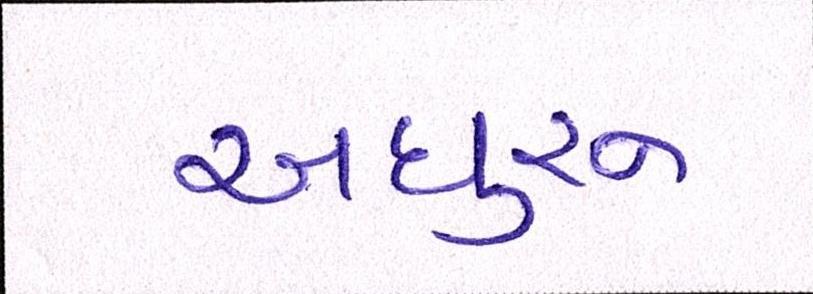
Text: અધુરુ